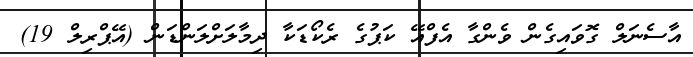
އާސެނަލް ގޮވައިގެން ވެންގާ އެފްއޭ ކަޕުގެ ރެކޯޑަކާ ދިމާލަށްލަންޑަން (އޭޕްރިލް 19)